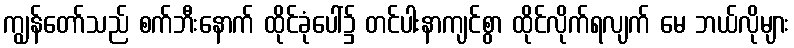
ကျွန်တော်သည် စက်ဘီးနောက် ထိုင်ခုံပေါ်၌ တင်ပါးနာကျင်စွာ ထိုင်လိုက်ရလျက် မေ ဘယ်လိုများ